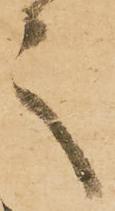
之